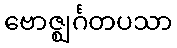
ဗောဇ္ဈင်္ဂတပသာ